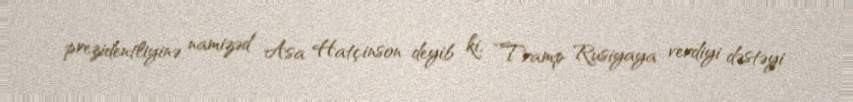
prezidentliyinə namizəd Asa Hatçinson deyib ki, “Tramp Rusiyaya verdiyi dəstəyi